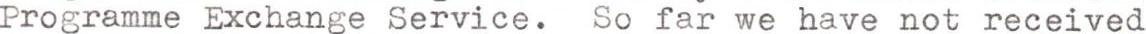
Programme Exchange Service. So far we have not received